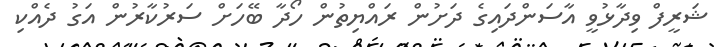
ޝަރީފް ވިދާޅުވީ އާސަންދައިގެ ދަށުން ރައްޔިތުން ހޯދާ ބޭހަށް ސަރުކާރުން އަގު ދެއްކި